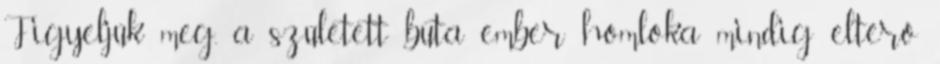
Figyeljük meg, a született buta ember homloka mindig eltérő